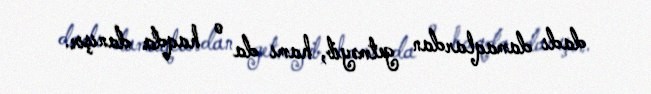
dadı damaqlardan getməyib, hamı da o haqda danışır.